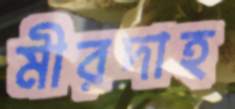
মীরদাহ